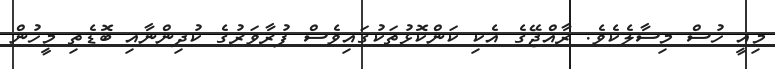
މިއީ ހުސް މިސާލެކެވެ. ރާއްޖޭގެ އެކި ކަންކޮޅުތަކުގައިވެސް ފުރާވަރުގެ ކުދިންނާއި ބޮޑެތި މީހުން